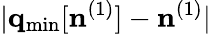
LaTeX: \vert{\mathbf q}_{\mathrm{min}}[{\mathbf n}^{(1)}]-{\mathbf n}^{(1)}\vert